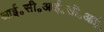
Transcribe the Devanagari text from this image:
आई॰सी॰आई॰सी॰आई॰